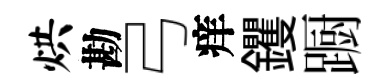
烘勘弓痒钁蹰